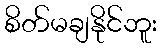
စိတ်မချနိုင်ဘူး